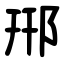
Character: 郉